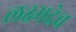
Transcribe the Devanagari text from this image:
लक्ष्मदेव